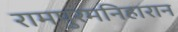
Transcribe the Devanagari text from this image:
रामपुरमनिहारान